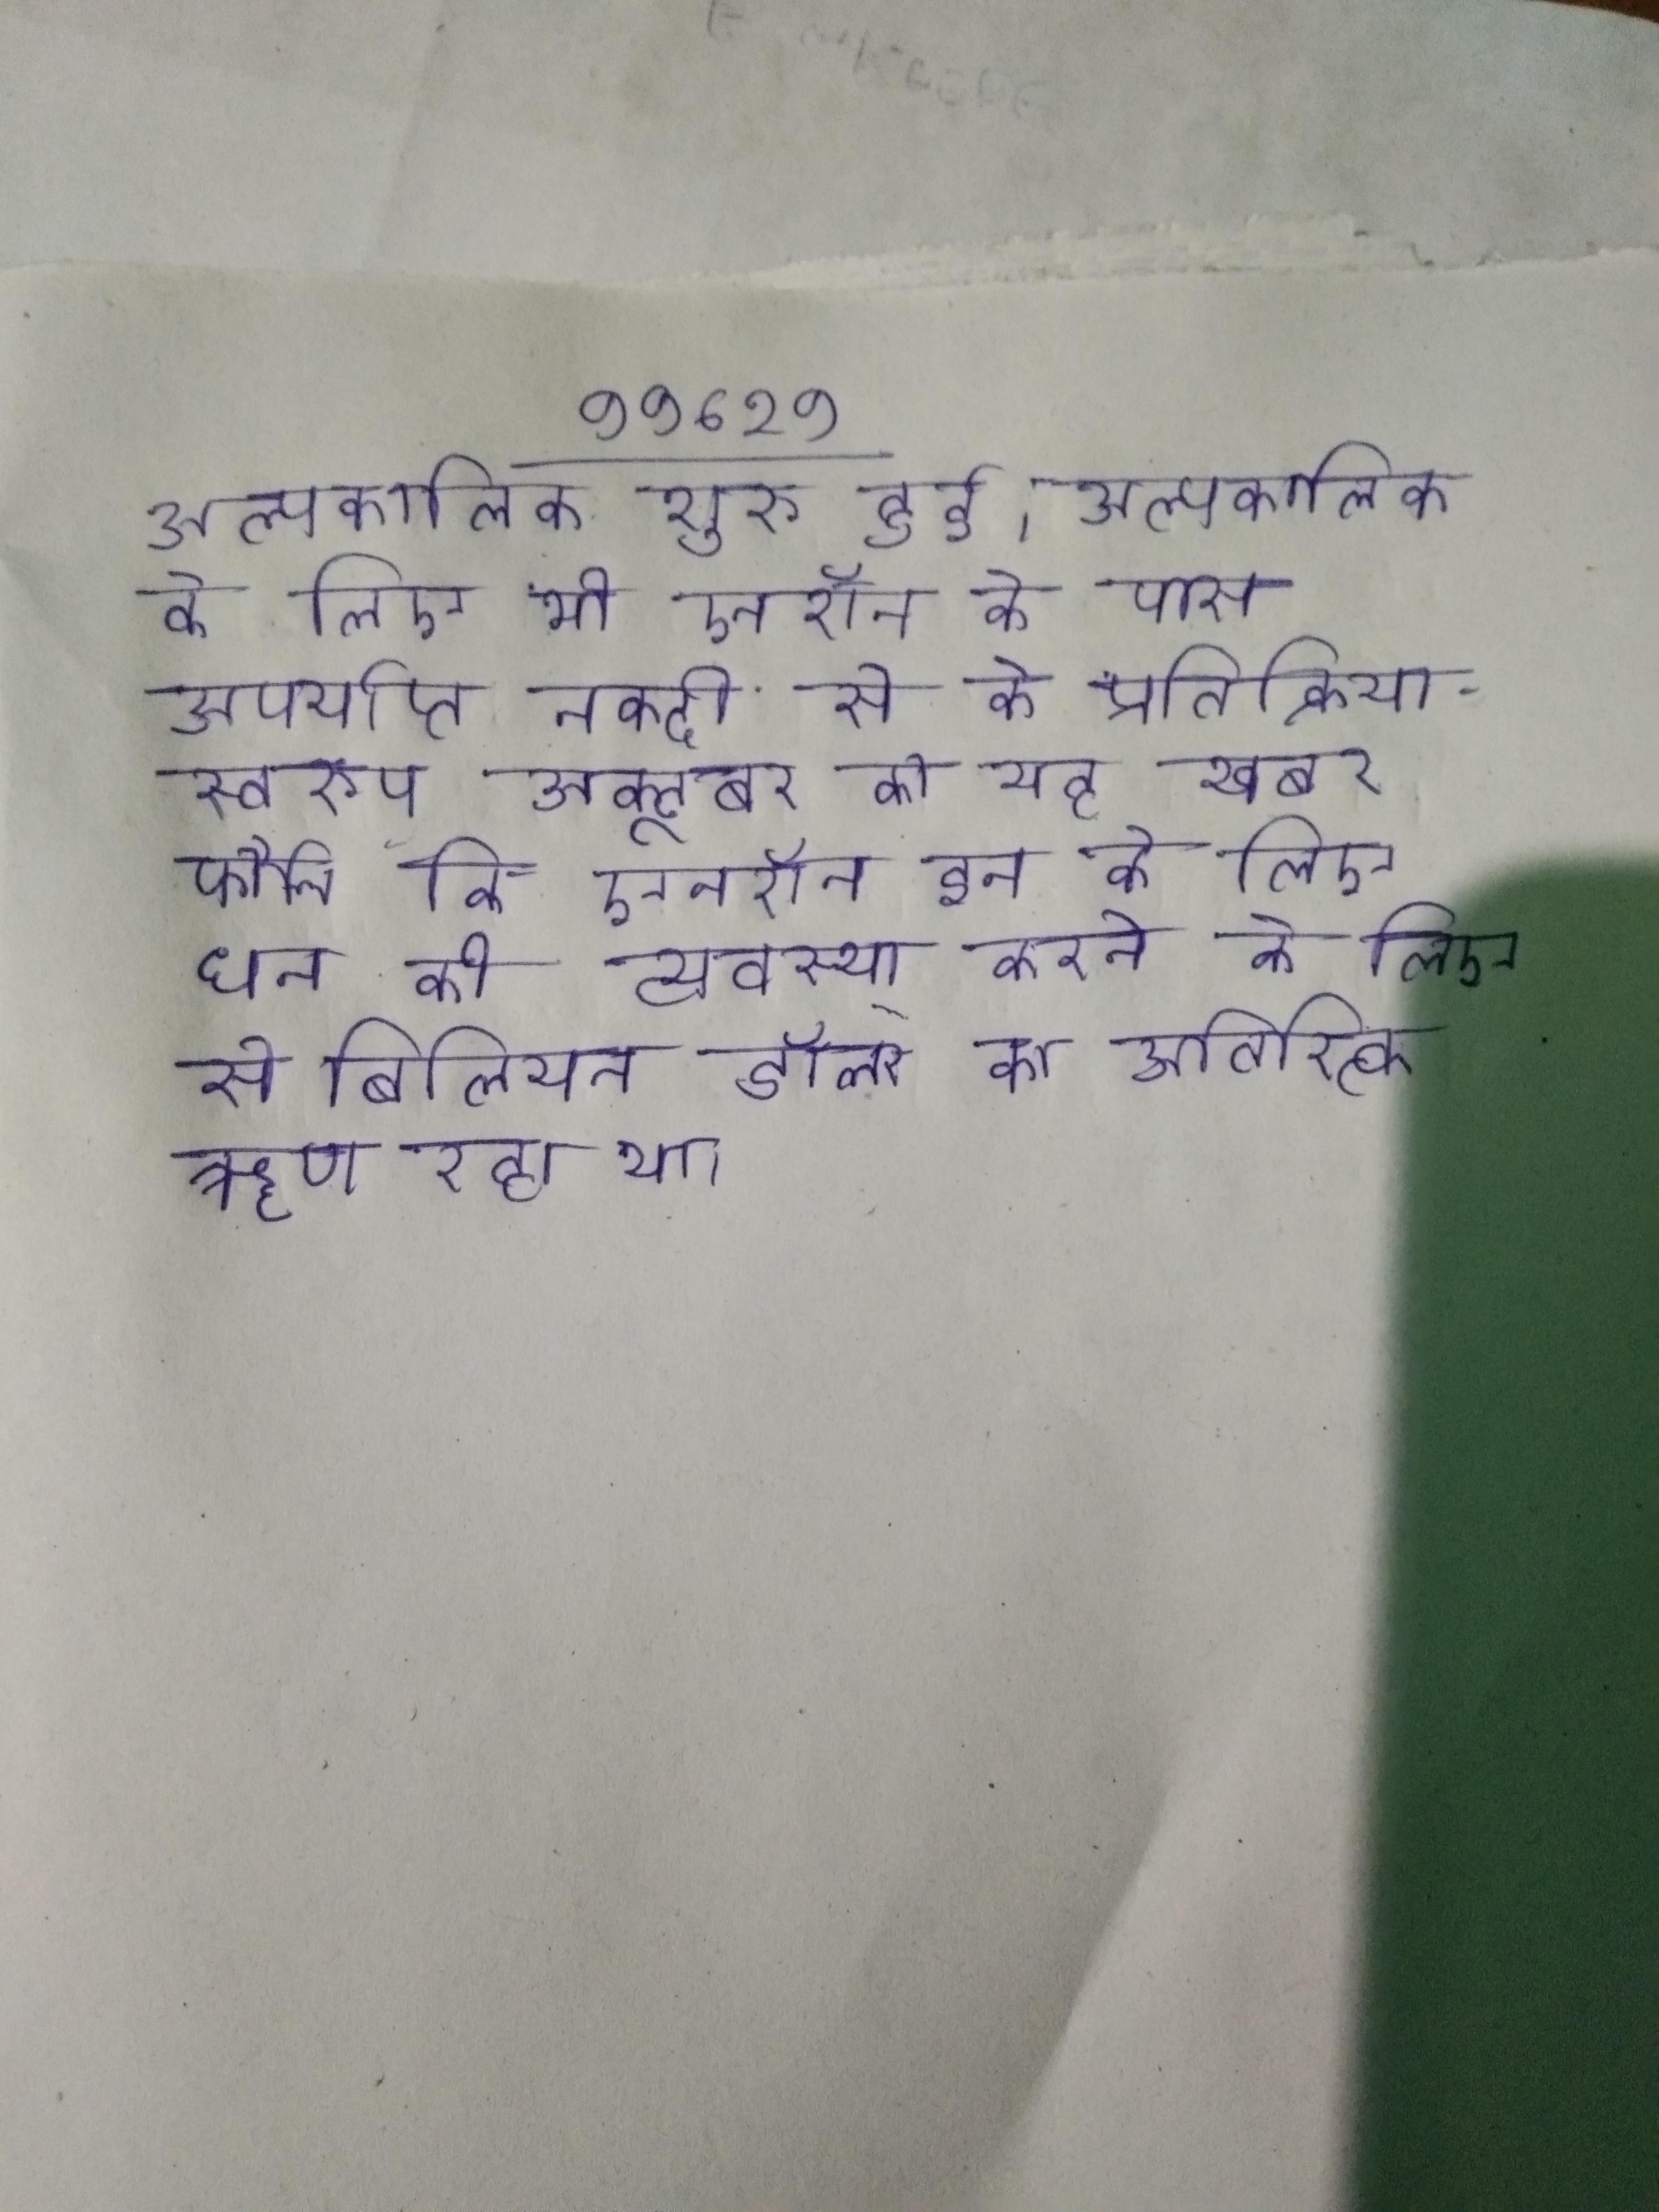
अल्पकालिक शुरू हुई । अल्पकालिक के लिए भी एनरॉन के पास अपर्याप्त नकदी से के प्रतिक्रियास्वरूप अक्टूबर को यह खबर फैली कि एनरॉन इन के लिए धन की व्यवस्था करने के लिए से बिलियन डॉलर का अतिरिक्त ऋण रहा था ।